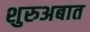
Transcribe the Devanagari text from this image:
शुरुअबात